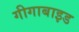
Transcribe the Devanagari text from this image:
गीगाबाइड